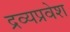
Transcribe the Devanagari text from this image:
द्रव्यप्रवेश